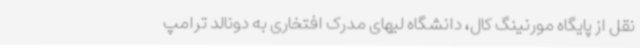
نقل از پایگاه مورنینگ کال، دانشگاه لیهای مدرک افتخاری به دونالد ترامپ